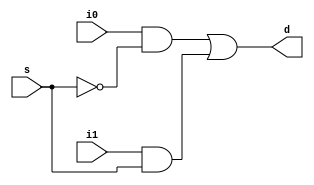
module mux(
    input i0, i1, s,
    output d
);
  assign d= (i0&~s)||(i1&s);
endmodule

`timescale 1ns/ 1ps

module mux_tb;
reg i0,i1,s;
wire d;

mux instance_mux(
  .i0(i0),
  .i1(i1),
  .s(s),
  .d(d)
);

initial begin
    i0=0; i1=0; s=0; #10;
    i0=0; i1=0; s=1; #10;
    i0=0; i1=1; s=0; #10;
    i0=0; i1=1; s=1; #10;
    i0=1; i1=0; s=0; #10;
    i0=1; i1=0; s=1; #10;
    i0=1; i1=1; s=0; #10;
    i0=1; i1=1; s=1; #10;
    $finish;
end

initial begin
  $monitor("=%t, i0=%b, i1=%b, s=%b, d=%b", $time, i0, i1, s, d);
end

endmodule